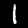
Digit: 1